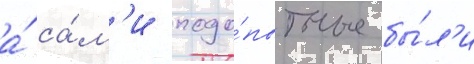
а́ са́м'и подо́пытные бы́л'и